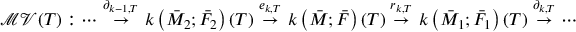
\mathcal { M V } ( T ) : \cdots \stackrel { \partial _ { k - 1 , T } } \rightarrow \H ^ { k } \left( \bar { M } _ { 2 } ; \bar { F } _ { 2 } \right) ( T ) \stackrel { e _ { k , T } } { \rightarrow } \H ^ { k } \left( \bar { M } ; \bar { F } \right) ( T ) \stackrel { r _ { k , T } } { \rightarrow } \H ^ { k } \left( \bar { M } _ { 1 } ; \bar { F } _ { 1 } \right) ( T ) \stackrel { \partial _ { k , T } } { \rightarrow } \cdots